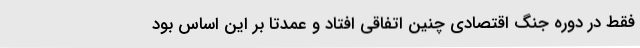
فقط در دوره جنگ اقتصادی چنین اتفاقی افتاد و عمدتا بر این اساس بود